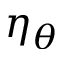
\eta _ { \theta }